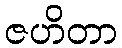
ဇဟိတာ